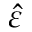
\hat { \varepsilon }